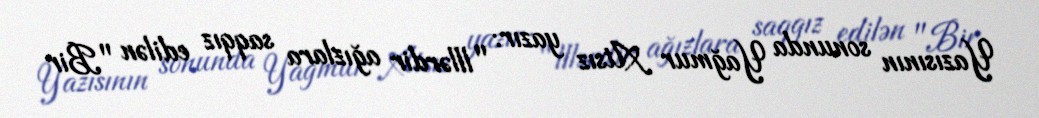
Yazısının sonunda Yağmur Atsız yazır: "lllərdir ağızlara saqqız edilən "Bir